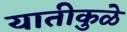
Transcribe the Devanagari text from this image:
यातीकुळे